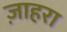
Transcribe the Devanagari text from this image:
ज़ाहरा